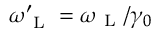
\omega _ { \mathrm { ~ L ~ } } ^ { \prime } = \omega _ { \mathrm { ~ L ~ } } / \gamma _ { 0 }